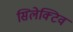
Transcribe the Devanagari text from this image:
सिलेक्टिव